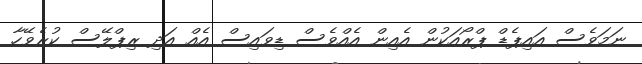
ނަމަވެސް އައިޕެޑް ޕްރޯއަކުން އެއިން އެއްވެސް ޑިވައިސް އެއް އަދި ރިޕްލޭސް ކުރެވޭހާ